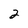
Character: 2